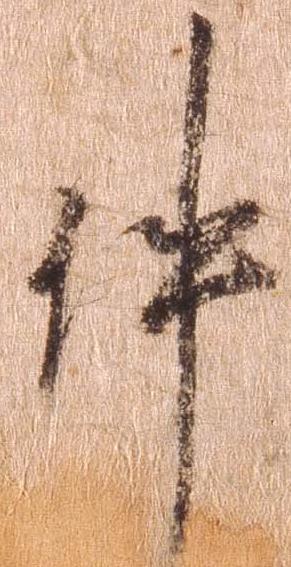
件